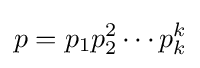
p=p_{1}p_{2}^{2}\cdots p_{k}^{k}